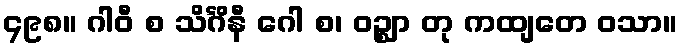
၄၉၈။ ဂါဝီ စ သိင်္ဂိနီ ဂေါ စ၊ ဝဉ္ဈာ တု ကထျတေ ဝသာ။